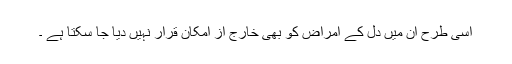
اسی طرح ان میں دل کے امراض کو بھی خارج از امکان قرار نہیں دیا جا سکتا ہے ۔